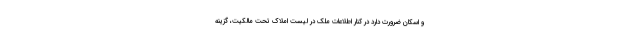
و اسکان ضرورت دارد در کنار اطلاعات ملک در لیست املاک تحت مالکیت، گزینه